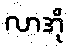
လာအို